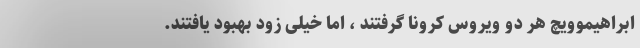
ابراهیموویچ هر دو ویروس کرونا گرفتند ، اما خیلی زود بهبود یافتند.